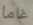
غاما